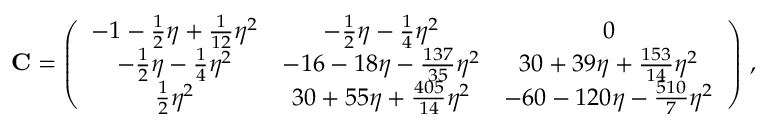
{ \bf C } = \left( \begin{array} { c c c } { - 1 - \frac { 1 } { 2 } \eta + \frac { 1 } { 1 2 } \eta ^ { 2 } } & { - \frac { 1 } { 2 } \eta - \frac { 1 } { 4 } \eta ^ { 2 } } & { 0 } \\ { - \frac { 1 } { 2 } \eta - \frac { 1 } { 4 } \eta ^ { 2 } } & { - 1 6 - 1 8 \eta - \frac { 1 3 7 } { 3 5 } \eta ^ { 2 } } & { 3 0 + 3 9 \eta + \frac { 1 5 3 } { 1 4 } \eta ^ { 2 } } \\ { \frac { 1 } { 2 } \eta ^ { 2 } } & { 3 0 + 5 5 \eta + \frac { 4 0 5 } { 1 4 } \eta ^ { 2 } } & { - 6 0 - 1 2 0 \eta - \frac { 5 1 0 } { 7 } \eta ^ { 2 } } \end{array} \right) \, ,